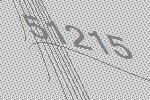
51215